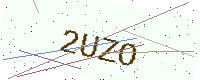
Text: 2UZO